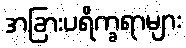
အခြားပရိက္ခရာများ